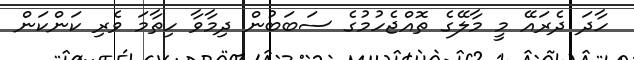
ހާދަ ދެރައޭ މީ މާލޭގެ ތޮއްޖެހުމުގެ ސަބަބުން ދިމާވާ ހިތާމަ ވެރި ކަންކަން